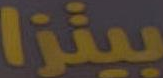
بيتزا